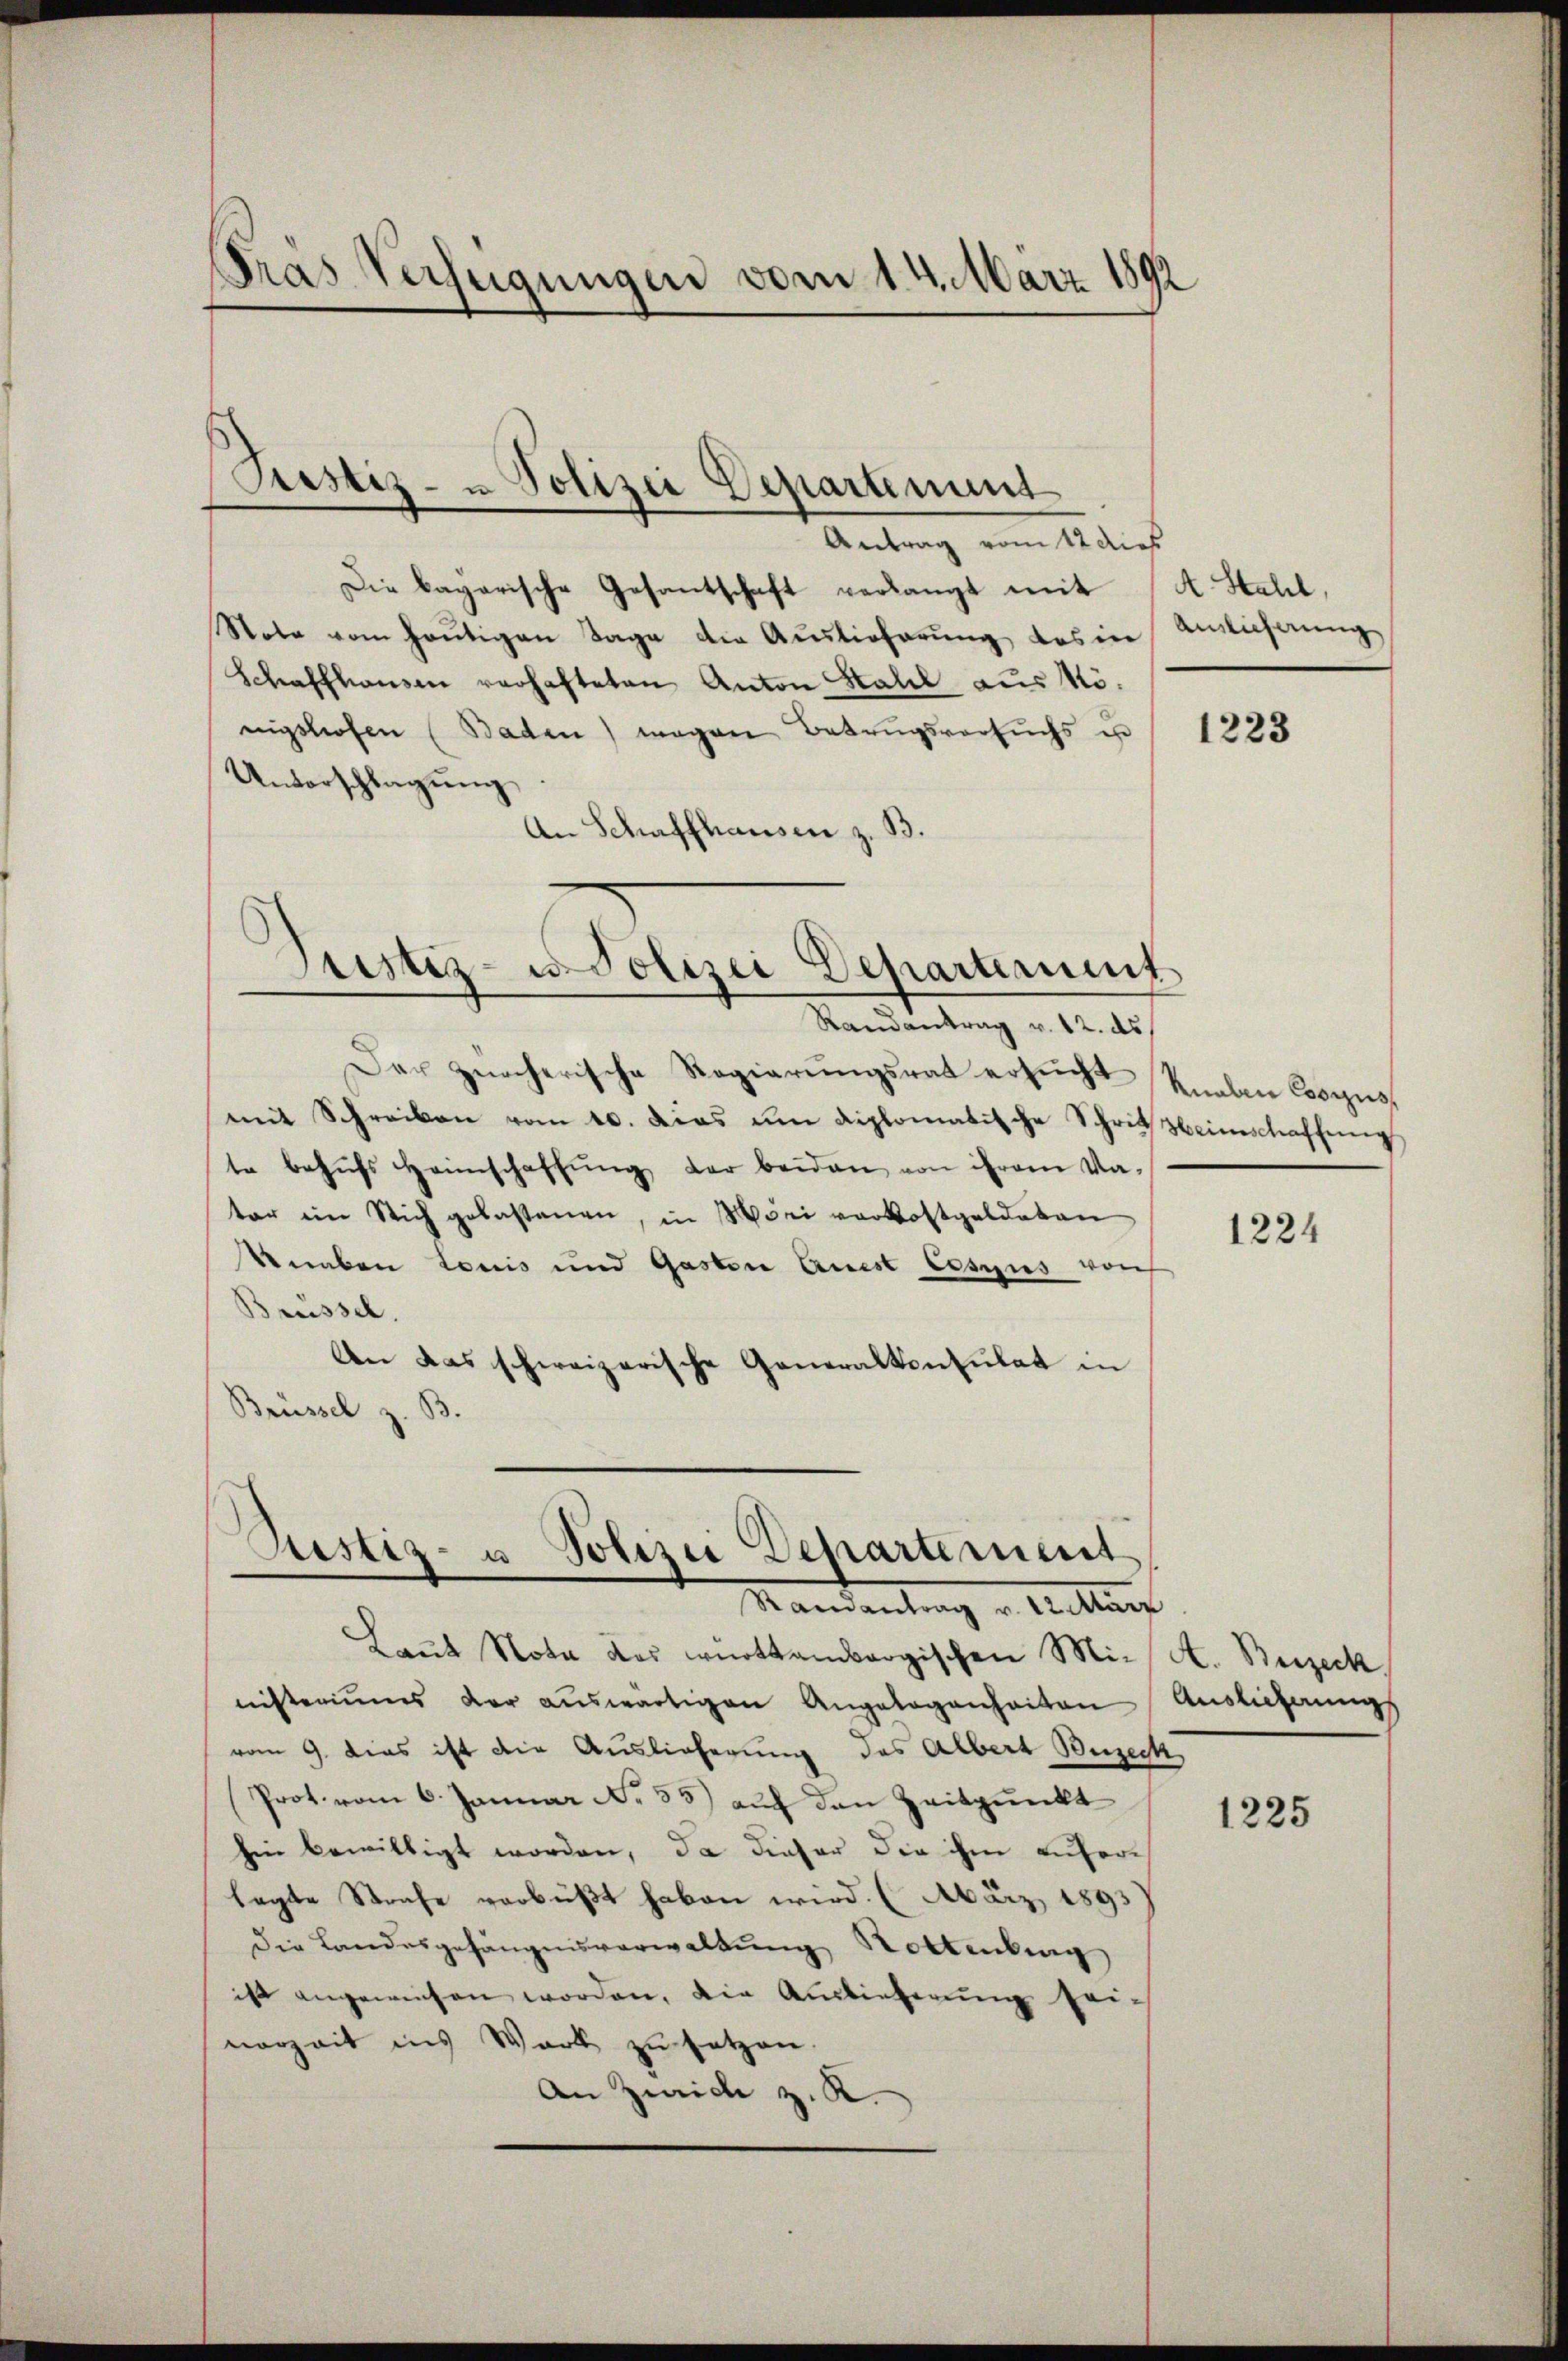
Pras Verfügungen vom 14. März 1892

Justiz- u Polizei Departement

Antrag vom 12 dies
Die bayarische Gesantschaft verlangt mit
Note vom heutigen Tage die Auslieferung des in
Schaffhausen verhafteten Anton Stall aus Nönigstrafen (Baden) wegen Betrugsversuchs un
Unvorschlagung
An Schaffhausen z. B.
Randantrag v. 12. ds
Der zürcherische Regierungsrat ersucht
mit Schreiben vom 10. dies um diplomatische Schritt beinschaffŭng
te behŭfs Heimschaffŭng der beiden von ihrem Va-
ter im Stich gelastenen, in Mori vorkostgeldeten
Knaben Louis und Gasten Quest Cesius von
Brüssel.
An das schweizerische Generalkonsulat in
Brüssel z. B.

Justiz- u. Polizei Departement

Justiz- u Polizei Departement
e
Randantrag v. 22. März

A. Stahl,
Ainlicherung

Laut Nota des württembergischen Ministeriums der aŭswärtigen Angelegenheiten
vom 9. dies ist die Auslieferung des Albert Berech
Prot. vom 6. Januar No 33) auf den Zeitpunkt
hin bewilligt worden, da dieser die ihm auferlagte Strafe verbüßt haben wird. (März 1893
Die Landesgehängnisverwaltung Rottenburg
ist angewiesen worden, die Auslieferŭng her-
norzeit ins Werk zu setzen
An Zürich z. K.

1223

Knaben Cosius,

1224

A. Buzeck
Auslieferung

1225